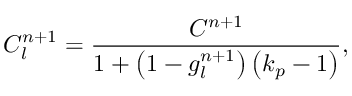
C _ { l } ^ { n + 1 } = \frac { C ^ { n + 1 } } { 1 + \left( 1 - g _ { l } ^ { n + 1 } \right) \left( k _ { p } - 1 \right) } ,